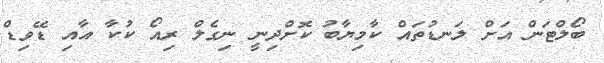
ބޯލްޓަން އަށް ލަނޑުތައް ކާމިޔާބު ކޮށްދިނީ ނިގެލް ރިއޯ ކުކާ އާއި ޑޭވިޑް